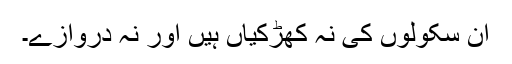
ان سکولوں کی نہ کھڑکیاں ہیں اور نہ دروازے۔